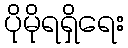
ပိုမိုရရှိရေး